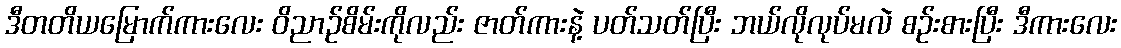
ဒီတတိယမြောက်ကားလေး ဝိညာဉ်စိမ်းကိုလည်း ဇာတ်ကားနဲ့ ပတ်သတ်ပြီး ဘယ်လိုလုပ်မလဲ စဉ်းစားပြီး ဒီကားလေး